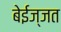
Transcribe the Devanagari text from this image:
बेईज्जत